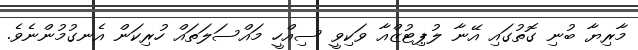
މާރިޔާ ބުނި ގޮތުގައި އޭނާ ލުޕިޓުޒްއާ ވަކިވީ ސިއްހީ މައްސަލަތައް ހުރިކަން އެނގުމުންނެވެ.